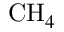
\mathrm { C H } _ { 4 }